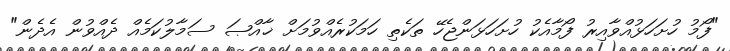
"ފޯމު ހުށަހަޅުއްވާއިރު ފޯމާއެކު ހުށަހަޅަންޖެހޭ ތަކެތި ހަމަކުރެއްވުމަށް ޚާއްޞަ ސަމާލުކަމެއް ދެއްވުން އެދެން"